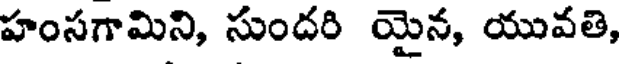
హంసగామిని, సుందరి యైన, యువతి,